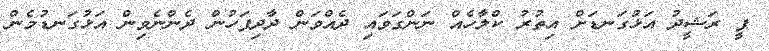
ޕީ ރަޝީދު އަޅުގަނޑަށް އިތުރު ކްލާހެއް ނަންގަވައި ދެއްވަން ދާދިފަހުން ދެންނެވިން އަޅުގަނޑުމެން